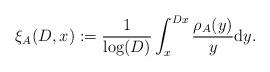
LaTeX: \begin{align*}\xi_A(D,x) := \frac{1}{\log(D)} \int_{x}^{Dx} \frac{\rho_A(y)}{y} \mathrm{d}y.\end{align*}